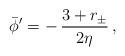
LaTeX: \begin{align*}\bar\phi' = - \, {3+r_\pm \over 2\eta} \, ,\end{align*}